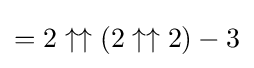
=2\uparrow \uparrow (2\uparrow \uparrow 2)-3